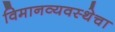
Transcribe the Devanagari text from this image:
विमानव्यवस्थेचा